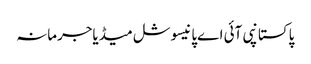
پاکستانپی آئی اےپانیسوشل میڈیاجرمانہ